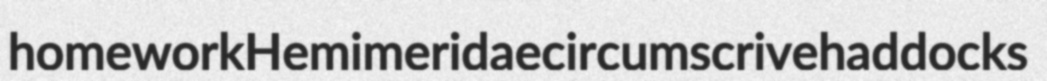
homework Hemimeridae circumscrive haddocks